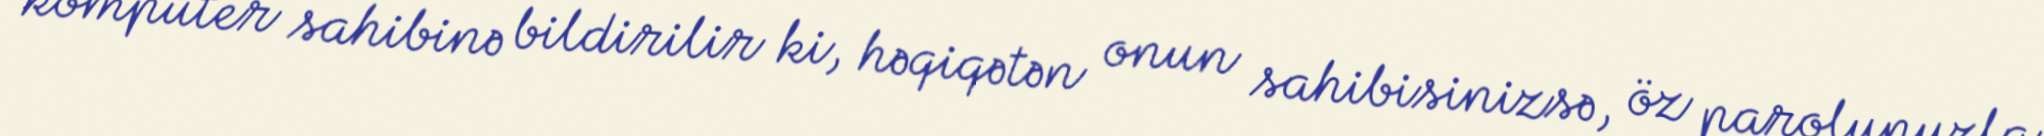
kompüter sahibinə bildirilir ki, həqiqətən onun sahibisinizsə, öz parolunuzla